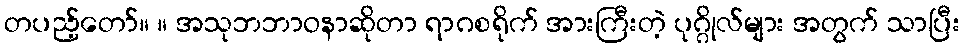
တပည့်တော်။ ။ အသုဘဘာဝနာဆိုတာ ရာဂစရိုက် အားကြီးတဲ့ ပုဂ္ဂိုလ်များ အတွက် သာပြီး